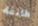
طائفة